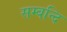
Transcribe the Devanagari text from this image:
सम्बन्दि